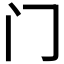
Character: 门